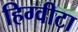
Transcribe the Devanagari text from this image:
हिग्वीटा